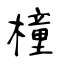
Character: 橦